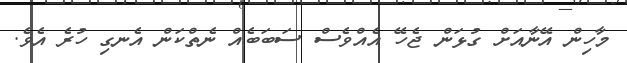
މާހިން އޭނާއަށް ގުޅަން ޖެހޭ އެއްވެސް ސަބަބެއް ނެތްކަން އެނގި ހުރެ އެވެ.